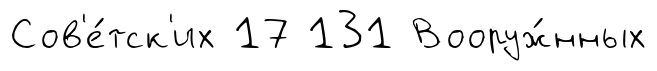
Сов'е́тск'их 17 131 Вооруж́нных